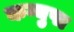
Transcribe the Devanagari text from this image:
कग्युपा